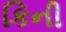
કિની